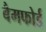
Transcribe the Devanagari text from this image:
बैमफोर्ड